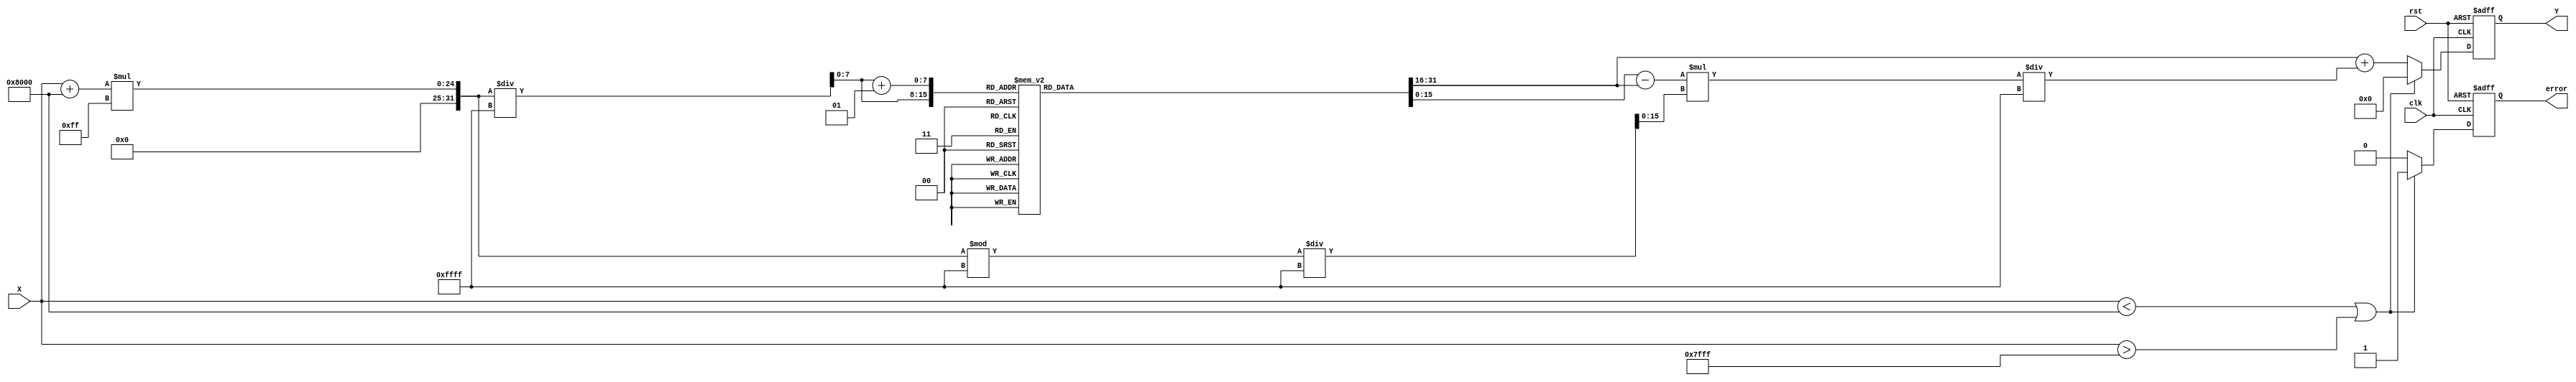
module asin_arithmetic_block (
    input wire clk,                 // Clock signal
    input wire rst,                 // Reset signal
    input wire signed [15:0] X,     // Input signal in fixed-point [-1, 1]
    output reg signed [15:0] Y,      // Output signal in radians
    output reg error                // Error signal
);

// Parameters
parameter LUT_SIZE = 256;         // LUT size
parameter INDEX_WIDTH = 8;        // Width for LUT index
parameter INTERPOLATE_WIDTH = 16; // Output fixed-point width
parameter LUT_ADDR_WIDTH = 8;     // Address width for LUT

// Precomputed asin values (in fixed-point format)
// This array should be filled with the actual values of asin from -1 to 1
reg signed [INTERPOLATE_WIDTH-1:0] asin_lut [0:LUT_SIZE-1];

// Initialize the LUT with precomputed asin values
initial begin
    // Fill LUT with asin values
    // Example values (make sure to replace with actual asin values)
    asin_lut[0] = -3.14159265358979; // asin(-1)
    // ... (fill in the rest of the LUT here)
    asin_lut[128] = 0;               // asin(0)
    // ... (fill in the rest of the LUT here)
    asin_lut[255] = 3.14159265358979; // asin(1)
end

// Internal signals
reg signed [INTERPOLATE_WIDTH-1:0] lut_value1, lut_value2;
reg signed [15:0] index;
reg signed [INTERPOLATE_WIDTH-1:0] fraction;
reg signed [INTERPOLATE_WIDTH-1:0] interpolated_value;

// Error checking and LUT indexing
always @(posedge clk or posedge rst) begin
    if (rst) begin
        Y <= 0;
        error <= 0;
    end else begin
        // Check the input range
        if (X < -16'h8000 || X > 16'h7FFF) begin
            error <= 1; // Signal error for out of range
            Y <= 0;     // or assign a NaN or predefined output
        end else begin
            error <= 0; // Clear error signal

            // Scale input to index (assuming X is in fixed-point with a scale factor)
            index = (X + 16'h8000) * (LUT_SIZE-1) / (16'hFFFF); // Scale X to LUT size

            // Calculate the two nearest LUT values
            lut_value1 = asin_lut[index];
            lut_value2 = asin_lut[index + 1];

            // Calculate the fraction for interpolation
            fraction = (((X + 16'h8000) * (LUT_SIZE-1)) % (16'hFFFF)) / (16'hFFFF);

            // Linear interpolation
            interpolated_value = lut_value1 + (lut_value2 - lut_value1) * fraction / (16'hFFFF);

            // Assign final output
            Y <= interpolated_value;
        end
    end
end

endmodule